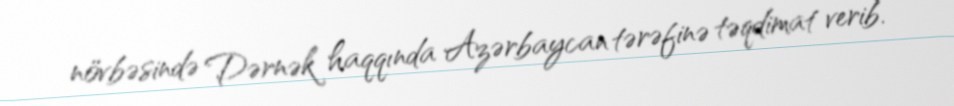
növbəsində Dərnək haqqında Azərbaycan tərəfinə təqdimat verib.